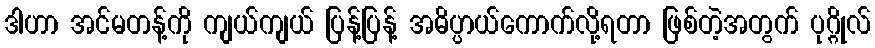
ဒါဟာ အင်မတန့်ကို ကျယ်ကျယ် ပြန့်ပြန့် အဓိပ္ပာယ်ကောက်လို့ရတာ ဖြစ်တဲ့အတွက် ပုဂ္ဂိုလ်